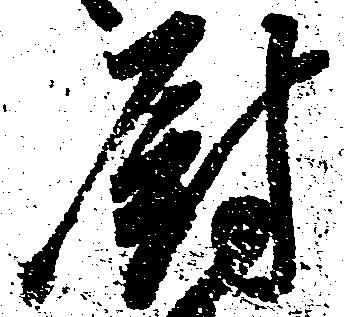
厨